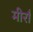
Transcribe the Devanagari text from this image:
मीराँ